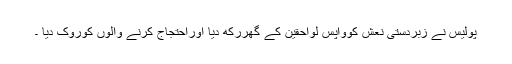
پولیس نے زبردستی نعش کوواپس لواحقین کے گھررکھ دیا اوراحتجاج کرنے والوں کوروک دیا ۔